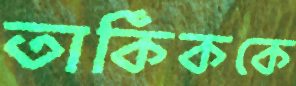
তার্কিককে